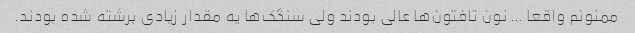
ممنونم واقعا … نون تافتون‌ها عالی بودند ولی سنگک‌ها یه مقدار زیادی برشته شده بودند.